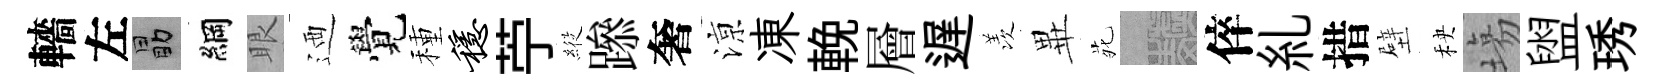
轖左勗綱眼迺覺種稳苧𦂵𨅶奢鿌凍輓層遅羡𭺾𫟍熙倅糺措壁秧塲盥琇